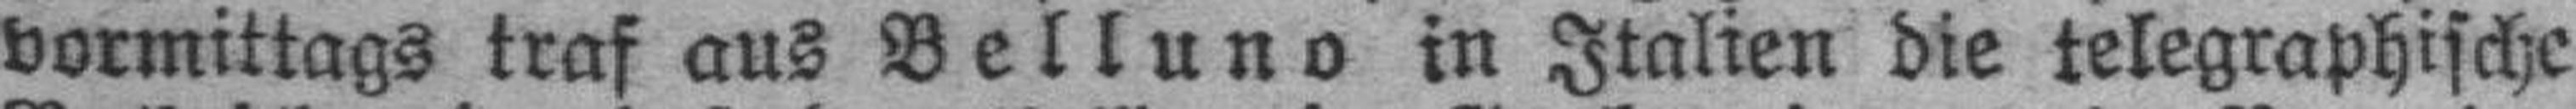
vormittags traf aus Belluno in Italien die telegraphische